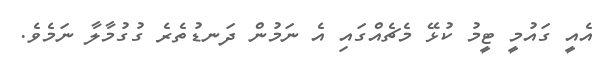
އެއީ ގައުމީ ޓީމު ކުޅޭ މެޗެއްގައި އެ ނަމުން ދަނޑުތެރެ ގުގުމާލާ ނަމެވެ.